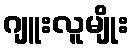
ဂျူးလူမျိုး